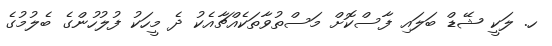
ހ. ލަކީ ޝޭޑް ބަލައި ފާސްކޮށް މަސްތުވާތަކެއްޗާއެކު ދެ މީހަކު ފުލުހުންގެ ބެލުމުގެ